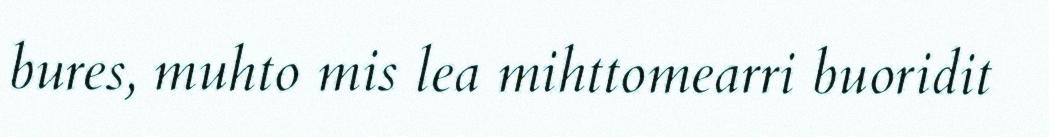
bures, muhto mis lea mihttomearri buoridit